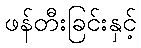
ဖန်တီးခြင်းနှင့်